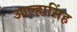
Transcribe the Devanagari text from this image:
आल्हासिंह